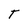
Character: T